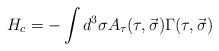
LaTeX: \begin{align*}H_c = - \int{d^3\sigma A_\tau (\tau, \vec{\sigma}) \Gamma (\tau, \vec{\sigma})}\end{align*}